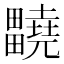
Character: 𤴀